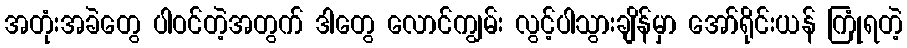
အတုံးအခဲတွေ ပါဝင်တဲ့အတွက် ဒါတွေ လောင်ကျွမ်း လွင့်ပါသွားချိန်မှာ အော်ရိုင်းယန် ကြုံရတဲ့